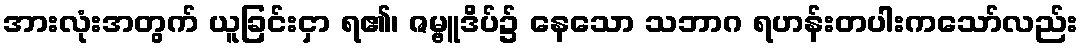
အားလုံးအတွက် ယူခြင်းငှာ ရ၏၊ ဇမ္ဗူဒိပ်၌ နေသော သဘာဂ ရဟန်းတပါးကသော်လည်း